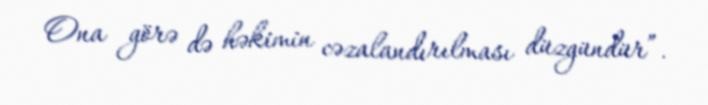
Ona görə də həkimin cəzalandırılması düzgündür”.